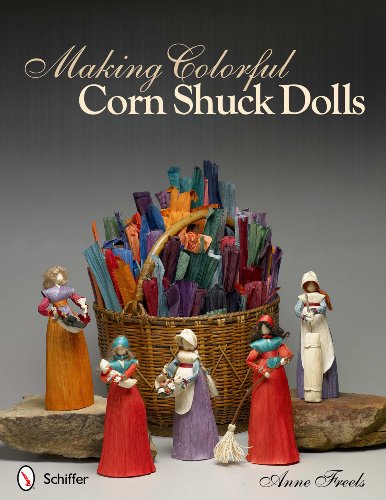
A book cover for Making Colorful Corn Shuck Dolls; Anne Freels; Crafts, Hobbies & Home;